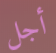
أجل